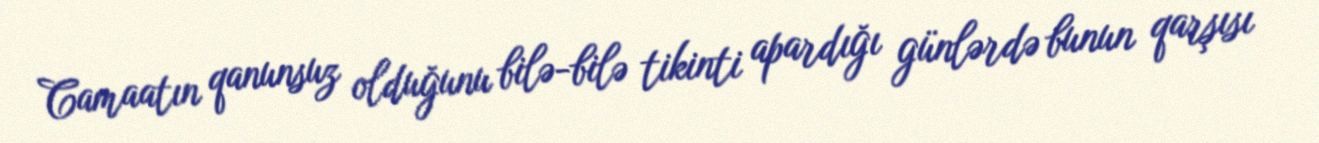
Camaatın qanunsuz olduğunu bilə-bilə tikinti apardığı günlərdə bunun qarşısı